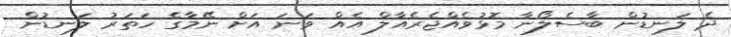
ދެ ލަނޑުން ބާސެލޯނާ މޮޅުވެއްޖެރެއާލް އެއް ވަނަ އަށް ނޭމާގެ ހަތަރު ލަނޑުން